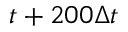
t + 2 0 0 \Delta t